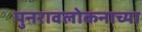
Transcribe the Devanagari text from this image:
पुनरावलोकनाच्या